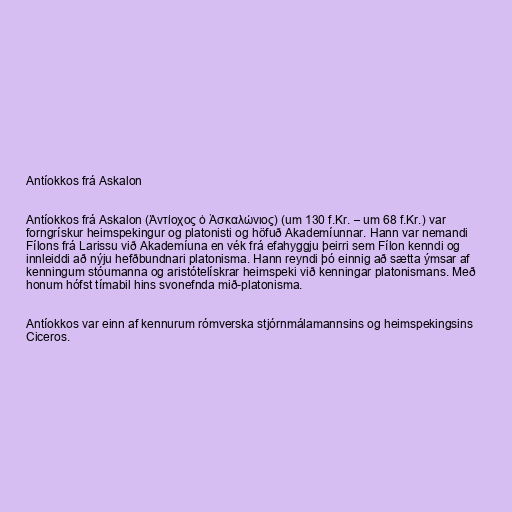
Antíokkos frá Askalon

Antíokkos frá Askalon (Άντίοχος ὁ Ἀσκαλώνιος) (um 130 f.Kr. – um 68 f.Kr.) var
forngrískur heimspekingur og platonisti og höfuð Akademíunnar. Hann var nemandi
Fílons frá Larissu við Akademíuna en vék frá efahyggju þeirri sem Fílon kenndi og
innleiddi að nýju hefðbundnari platonisma. Hann reyndi þó einnig að sætta ýmsar af
kenningum stóumanna og aristótelískrar heimspeki við kenningar platonismans. Með
honum hófst tímabil hins svonefnda mið-platonisma.

Antíokkos var einn af kennurum rómverska stjórnmálamannsins og heimspekingsins
Ciceros.